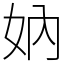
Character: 妠